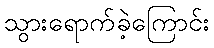
သွားရောက်ခဲ့ကြောင်း